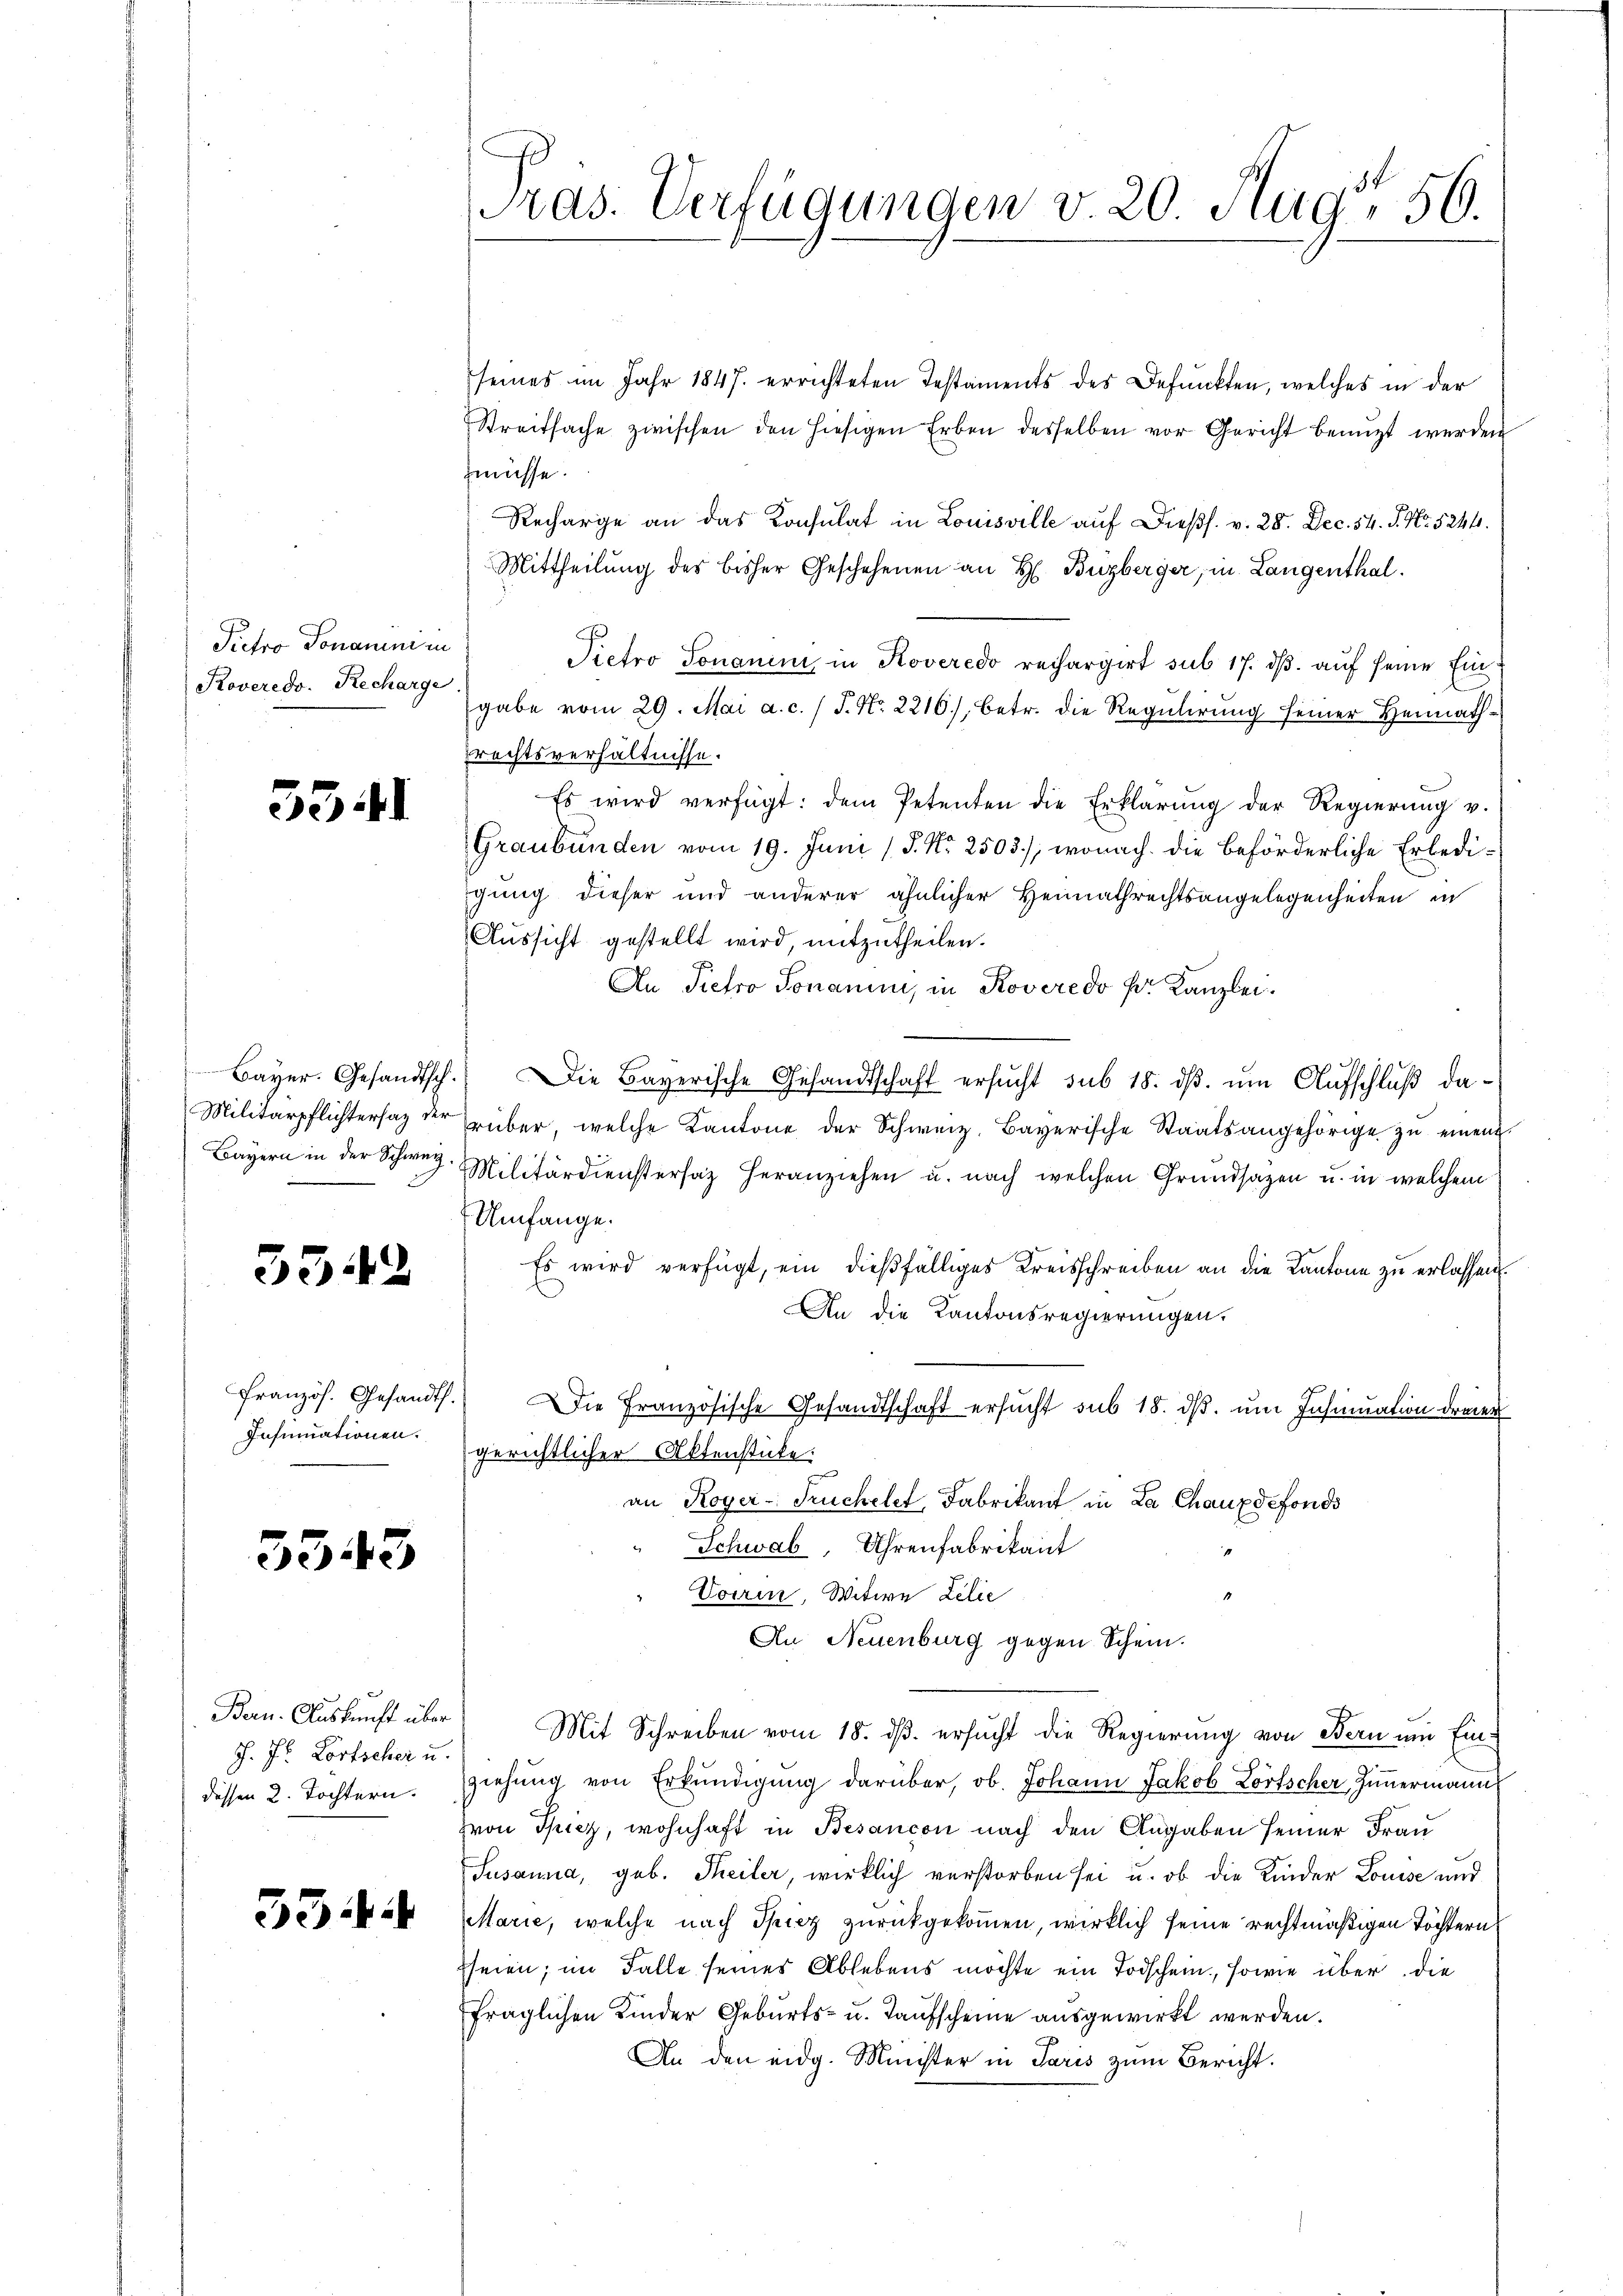
Pietro Donamni i
Roveredo. Recharge

551

Bayer. Gesandtsch
Bayern in der Schweiz.

3342

Insinuationen.

3543

J. Pr. Lortscher u.
dessen 2. Tochtern.

53

Pras. Verfügungen v. 20. Aug. 56.

seines im Jahr 1847. errichteten Testaments des Befunkten, welches in der
Streitsache zwischen den hiesigen Erben desselben vor Gericht benutzt werden
zmüsse.
Recharge an das Konsulat in Louisville auf Dießs. v. 28. Dec. 54. S. Nr. 5244.
Mittheilung des bisher Geschehenen an H. Buzberger, in Langenthal.
Pietro Jonanimi, in Roveredo rechargirt sub 17. dβ. auf seine Eingabe vom 29. Mai a. c. / J. No. 2216), betr. die Regulirung seiner Heimathrechtsverhältnisse.
Es wird verfügt: dem Petenten die Erklärung der Regierung v.
Graubünden vom 19. Juni / P. Nr. 2503), wonach die beförderliche Erledigung dieser und anderer ähnlicher Heimathrechtsangelegenheiten in
Aussicht gestellt wird, mitzutheilen.
An Pietro Ponanimi, in Roveredo Hr. Kanzlei¬
." Die Bayerische Gesandtschaft ersucht sub 18. dβ. um Aufschluß da¬
Militärpflichtersaz der rüber, welche Kantone der Schweiz. Bayerische Staatsangehörige zŭ einen
Militärdienstersaz heranziehen u. nach welchen Grundsatzen u. in welchem
Umfange.
Es wird verfügt, ein dießfälliges Kreisschreiben an die Kantone zu erlassen.
An die Kantonsregierungen.
Französ. Gesandt. Die Französische Gesandtschaft ersucht sub 18. dβ. um Insinuation dreier
gerichtlicher Aktenstücke.
an Roger-Truchelet, Fabrikant in La Chauxdefonds
Schwab, Uhrenfabrikant
Voerin, Witwe Lelie
An Neuenburg gegen Schein.
Ban. Auskunft über Mit Schreiben vom 18. ds. ersucht die Regierung von Bern um Einziehung von Erkundigung darüber, ob. Johann Jakob Lorfscher, Zimmermann
von Thicz, wohnhaft in Besancon nach den Angaben seiner Frau
Susanna, geb. Meiler, wirklich verstorben sei u. ob die Kinder Louise und
Marie, welche nach Spiez zurückgekommen, wirklich seine rechtmäßigen Töchtern
seien; im Falle seines Ablebens möchte ein Todschein, sowie über die
fraglichen Kinder Geburts- u. Taufscheine ausgewirkt werden.
An den eidg. Minister in Paris zum Bericht.